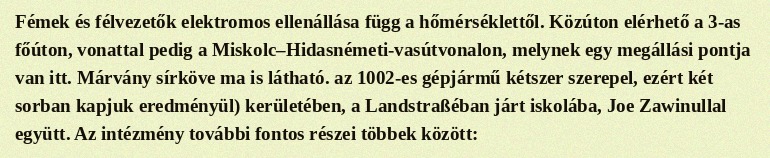
Fémek és félvezetők elektromos ellenállása függ a hőmérséklettől. Közúton elérhető a 3-as főúton, vonattal pedig a Miskolc–Hidasnémeti-vasútvonalon, melynek egy megállási pontja van itt. Márvány sírköve ma is látható. az 1002-es gépjármű kétszer szerepel, ezért két sorban kapjuk eredményül) kerületében, a Landstraßéban járt iskolába, Joe Zawinullal együtt. Az intézmény további fontos részei többek között: